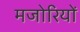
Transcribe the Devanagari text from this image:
मजोरियों